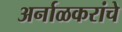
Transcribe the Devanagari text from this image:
अर्नाळकरांचे